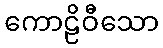
ကောဠိဝီသော